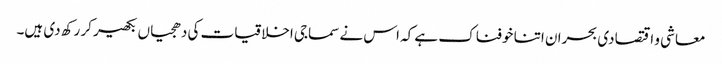
معاشی و اقتصادی بحران اتنا خوفناک ہے کہ اس نے سماجی اخلاقیات کی دھجیاں بکھیر کر رکھ دی ہیں۔